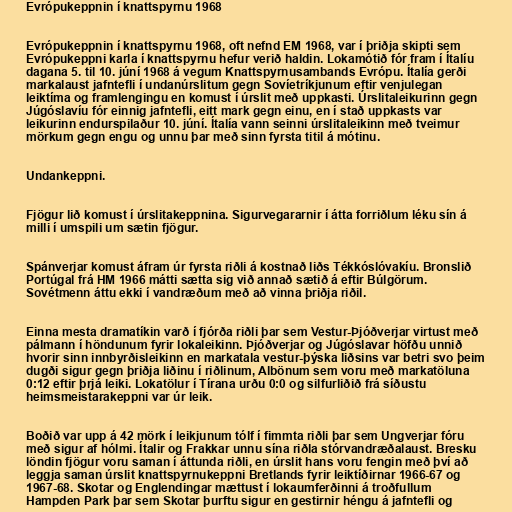
Evrópukeppnin í knattspyrnu 1968

Evrópukeppnin í knattspyrnu 1968, oft nefnd EM 1968, var í þriðja skipti sem
Evrópukeppni karla í knattspyrnu hefur verið haldin. Lokamótið fór fram í Ítalíu
dagana 5. til 10. júní 1968 á vegum Knattspyrnusambands Evrópu. Ítalía gerði
markalaust jafntefli í undanúrslitum gegn Sovíetríkjunum eftir venjulegan
leiktíma og framlengingu en komust í úrslit með uppkasti. Úrslitaleikurinn gegn
Júgóslavíu fór einnig jafntefli, eitt mark gegn einu, en í stað uppkasts var
leikurinn endurspilaður 10. júní. Ítalía vann seinni úrslitaleikinn með tveimur
mörkum gegn engu og unnu þar með sinn fyrsta titil á mótinu.

Undankeppni.

Fjögur lið komust í úrslitakeppnina. Sigurvegararnir í átta forriðlum léku sín á
milli í umspili um sætin fjögur.

Spánverjar komust áfram úr fyrsta riðli á kostnað liðs Tékkóslóvakíu. Bronslið
Portúgal frá HM 1966 mátti sætta sig við annað sætið á eftir Búlgörum.
Sovétmenn áttu ekki í vandræðum með að vinna þriðja riðil.

Einna mesta dramatíkin varð í fjórða riðli þar sem Vestur-Þjóðverjar virtust með
pálmann í höndunum fyrir lokaleikinn. Þjóðverjar og Júgóslavar höfðu unnið
hvorir sinn innbyrðisleikinn en markatala vestur-þýska liðsins var betri svo þeim
dugði sigur gegn þriðja liðinu í riðlinum, Albönum sem voru með markatöluna
0:12 eftir þrjá leiki. Lokatölur í Tírana urðu 0:0 og silfurliðið frá síðustu
heimsmeistarakeppni var úr leik.

Boðið var upp á 42 mörk í leikjunum tólf í fimmta riðli þar sem Ungverjar fóru
með sigur af hólmi. Ítalir og Frakkar unnu sína riðla stórvandræðalaust. Bresku
löndin fjögur voru saman í áttunda riðli, en úrslit hans voru fengin með því að
leggja saman úrslit knattspyrnukeppni Bretlands fyrir leiktíðirnar 1966-67 og
1967-68. Skotar og Englendingar mættust í lokaumferðinni á troðfullum
Hampden Park þar sem Skotar þurftu sigur en gestirnir héngu á jafntefli og